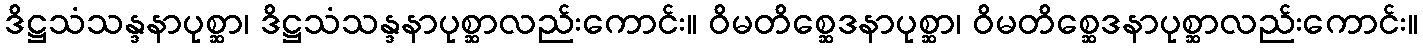
ဒိဋ္ဌသံသန္ဒနာပုစ္ဆာ၊ ဒိဋ္ဌသံသန္ဒနာပုစ္ဆာလည်းကောင်း။ ဝိမတိစ္ဆေဒနာပုစ္ဆာ၊ ဝိမတိစ္ဆေဒနာပုစ္ဆာလည်းကောင်း။